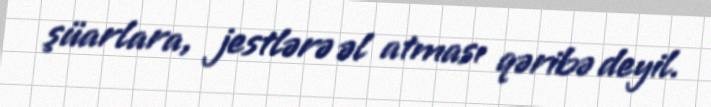
şüarlara, jestlərə əl atması qəribə deyil.